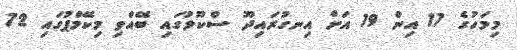
މިމަހުގެ 17 އިން 19 އަށް އިނގުރައިދޫ ސްކޫލުގައި ބޭއްވި މިކޭމްޕުގައި 72